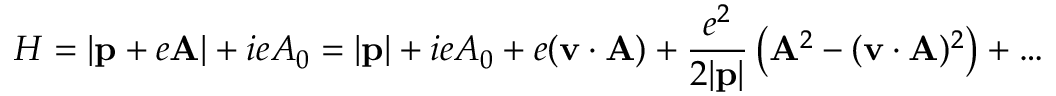
{ \cal H } = | { \bf p } + e { \bf A } | + i e A _ { 0 } = | { \bf p } | + i e A _ { 0 } + e ( { \bf v } \cdot { \bf A } ) + { \frac { e ^ { 2 } } { 2 | { \bf p } | } } \left( { \bf A } ^ { 2 } - ( { \bf v } \cdot { \bf A } ) ^ { 2 } \right) + \ldots